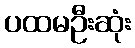
ပထမဦးဆုံး